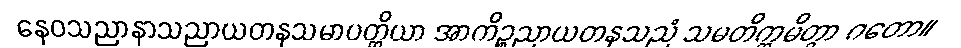
နေဝသညာနာသညာယတနသမာပတ္တိယာ အာကိဉ္စညာယတနသညံ သမတိက္ကမိတွာ ဂတော။